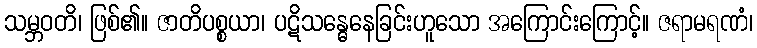
သမ္ဘဝတိ၊ ဖြစ်၏။ ဇာတိပစ္စယာ၊ ပဋိသန္ဓေနေခြင်းဟူသော အကြောင်းကြောင့်။ ဇရာမရဏံ၊